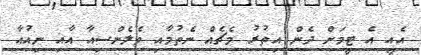
އެއީ އެ ޓީމަށް ދެން އިތުރު މެޗެއް ނެތުމާއި ވެލެންސިއާ އާއި ނިއުއާ